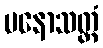
မနောသတ္ထံ